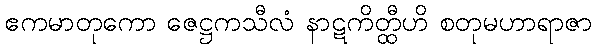
ဧကမာတုကော ဇေဋ္ဌကသီလံ နာဋကိတ္ထီဟိ စတုမဟာရာဇာ